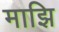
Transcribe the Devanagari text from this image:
माझि